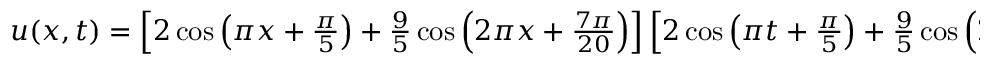
\begin{array} { r } { u ( x , t ) = \left[ 2 \cos \left( \pi x + \frac { \pi } { 5 } \right) + \frac { 9 } { 5 } \cos \left( 2 \pi x + \frac { 7 \pi } { 2 0 } \right) \right] \left[ 2 \cos \left( \pi t + \frac { \pi } { 5 } \right) + \frac { 9 } { 5 } \cos \left( 2 \pi t + \frac { 7 \pi } { 2 0 } \right) \right] . } \end{array}